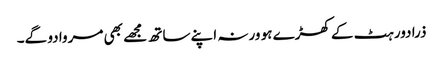
ذرا دور ہٹ کے کھڑے ہو ورنہ اپنے ساتھ مجھے بھی مروا دو گے۔